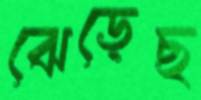
ঝেড়েছ